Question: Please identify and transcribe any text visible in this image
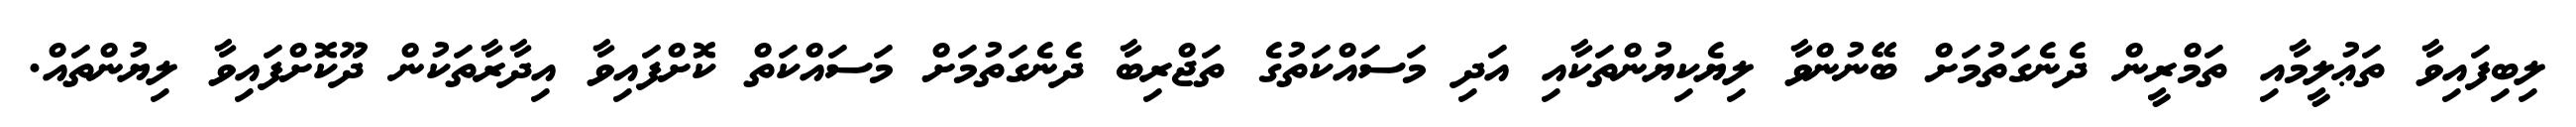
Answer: ލިބިފައިވާ ތަޢުލީމާއި ތަމްރީން ދެނެގަތުމަށް ބޭނުންވާ ލިޔެކިޔުންތަކާއި އަދި މަސައްކަތުގެ ތަޖްރިބާ ދެނެގަތުމަށް މަސައްކަތް ކޮށްފައިވާ އިދާރާތަކުން ދޫކޮށްފައިވާ ލިޔުންތައް.